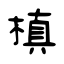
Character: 槙